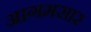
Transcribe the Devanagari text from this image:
आगमसार